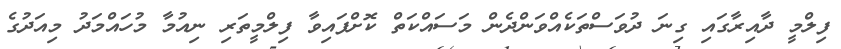
ފިލްމީ ދާއިރާގައި ގިނަ ދުވަސްތަކެއްވަންދެން މަސައްކަތް ކޮށްފައިވާ ފިލްމީތަރި ނިއުމާ މުހައްމަދު މިއަދުގެ